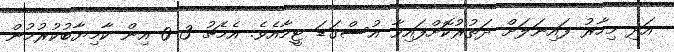
އަދި މިހާރު ފައިނަލަށް ދަތުރުކޮށްފައިވާ އުސްގަޑަ ޓީމާއެވެ. އެމެޗު 3-0 އިން ކާމިޔާބުކުރުމުން